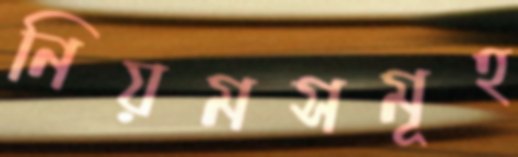
নিয়মসমূহ